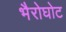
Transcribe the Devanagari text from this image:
भैरोघोट